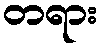
တရား